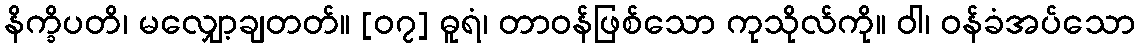
နိက္ခိပတိ၊ မလျှော့ချတတ်။ [၀၇] ဓူရံ၊ တာဝန်ဖြစ်သော ကုသိုလ်ကို။ ဝါ၊ ဝန်ခံအပ်သော